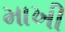
માખી